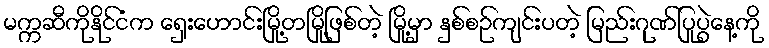
မက္ကဆီကိုနိုင်ငံက ရှေးဟောင်းမြို့တမြို့ဖြစ်တဲ့ မြို့မှာ နှစ်စဉ်ကျင်းပတဲ့ မြည်းဂုဏ်ပြုပွဲနေ့ကို